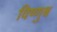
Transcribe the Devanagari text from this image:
विष्णुश्च